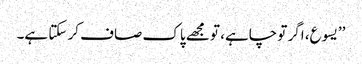
’’یسوع، اگر تو چاہے، تو مجھے پاک صاف کر سکتا ہے۔